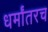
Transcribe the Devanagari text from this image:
धर्मांतरच